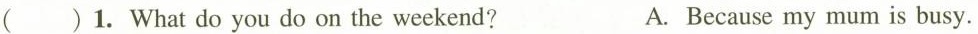
( )1. What do you do on the weekend? A. Because my mum is busy.